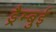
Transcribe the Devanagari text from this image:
ड्रैम्बुई